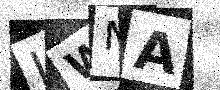
Text: LWNA